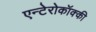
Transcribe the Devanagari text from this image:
एन्टेरोकॉक्की